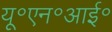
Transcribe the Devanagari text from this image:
यू॰एन॰आई॰